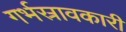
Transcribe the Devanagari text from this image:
गर्भस्रावकारी